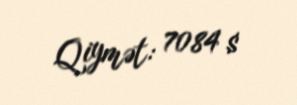
Qiymət: 7084 $